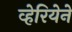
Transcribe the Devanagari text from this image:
व्हेरियेने